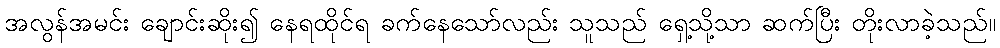
အလွန်အမင်း ချောင်းဆိုး၍ နေရထိုင်ရ ခက်နေသော်လည်း သူသည် ရှေ့သို့သာ ဆက်ပြီး တိုးလာခဲ့သည်။